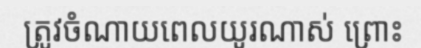
ត្រូវចំណាយពេលយូរណាស់ ព្រោះ